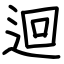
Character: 迴